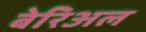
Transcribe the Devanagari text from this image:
बेरिअल